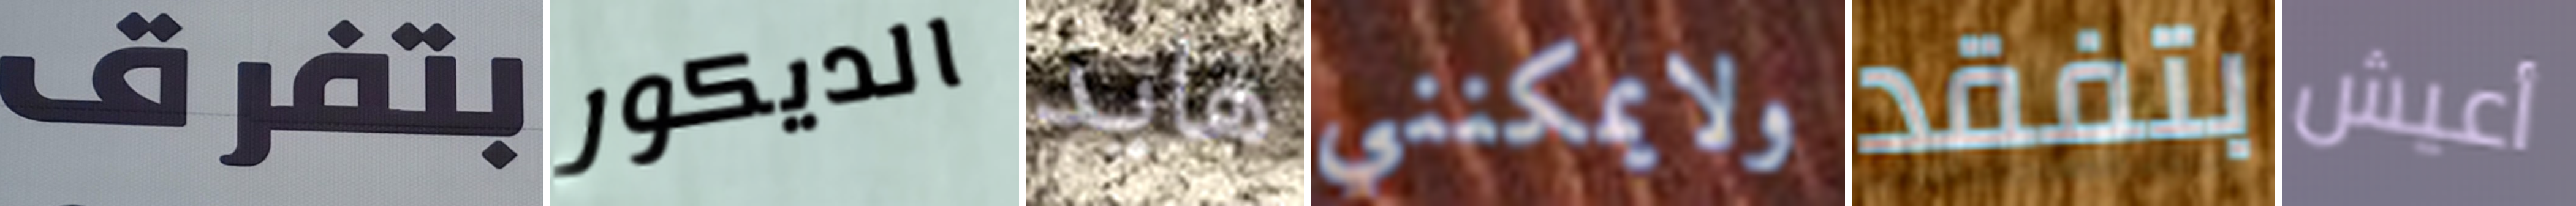
بتفرق الديكور هايد ولايمكنني بتفقد أعيش